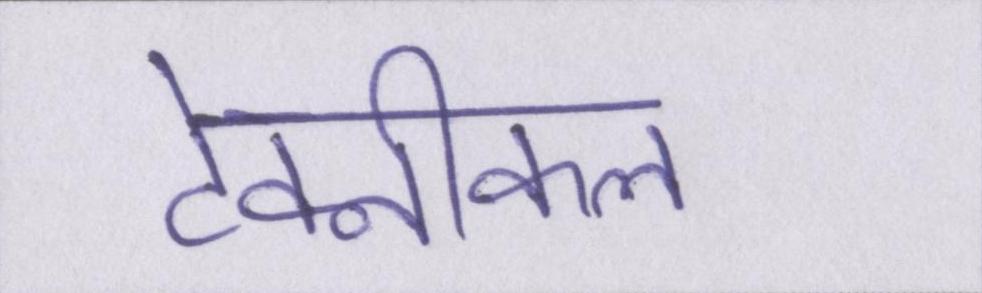
टेक्नीकल